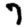
Digit: 7